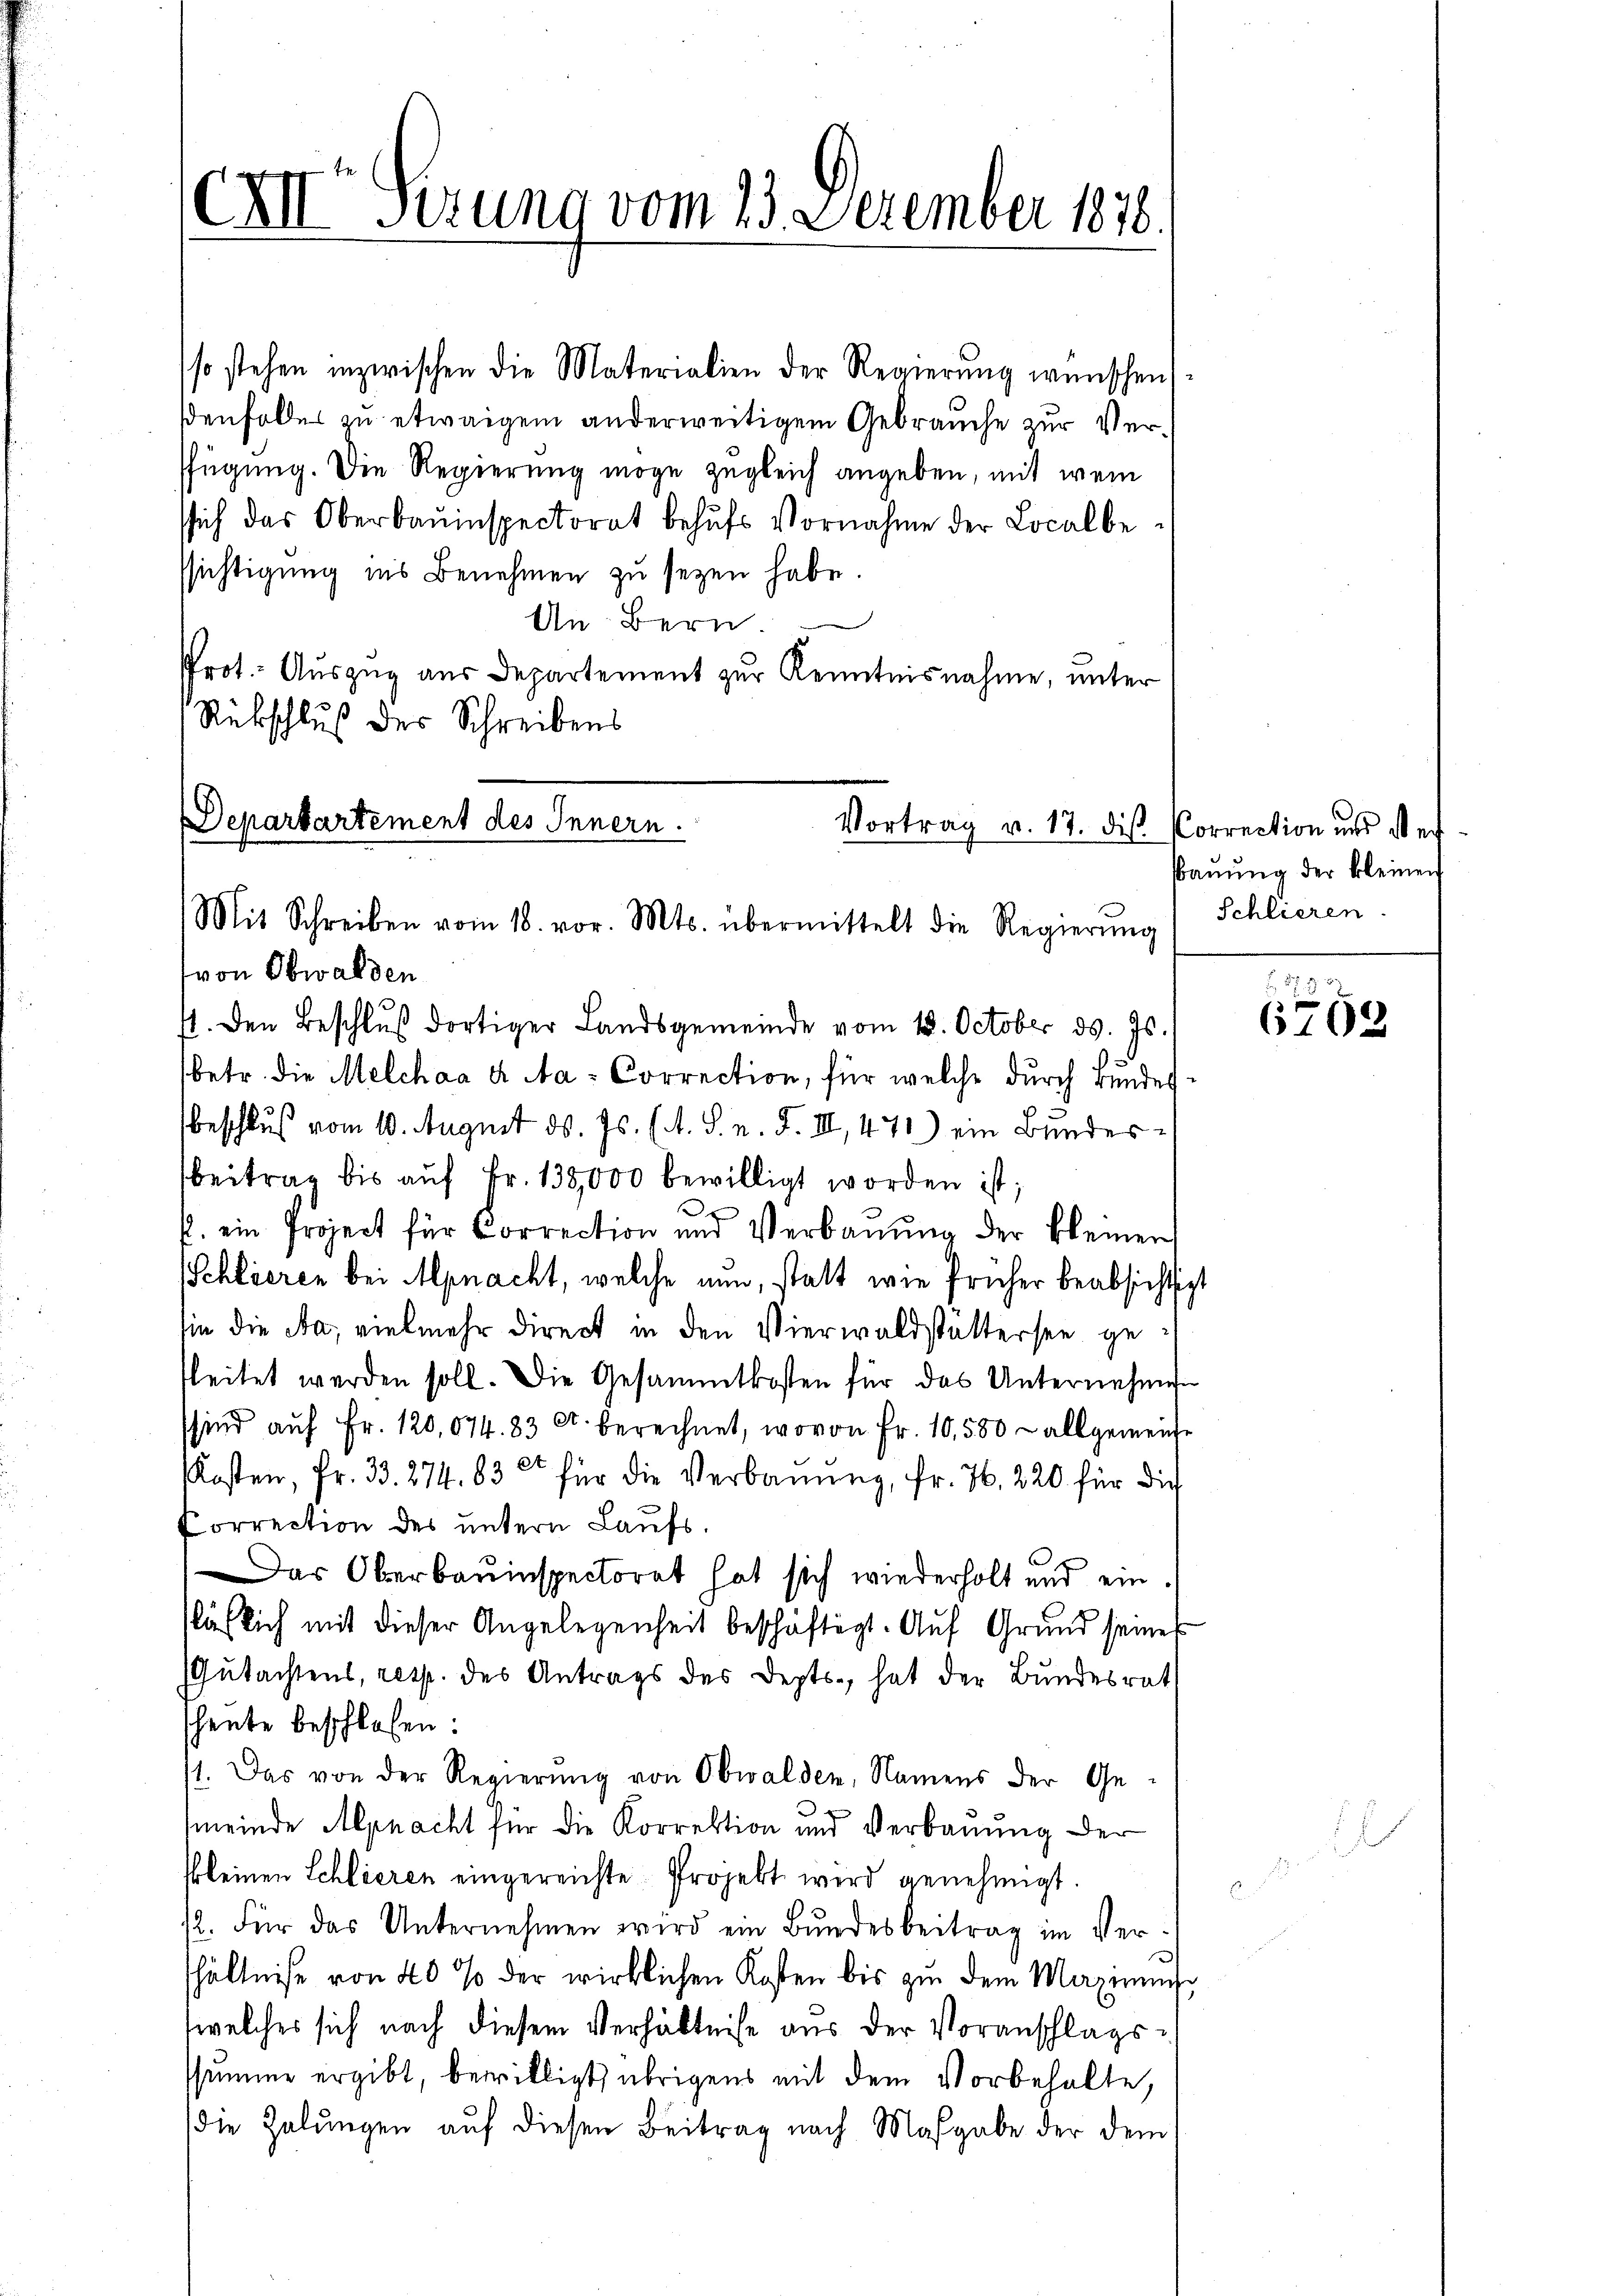
ex serung vom 23. Dezember 1878.

so stehen inzwischen die Materialien der Regierŭng wünschen
denfaller zu etwaigen anderweitigem Gebrauche zur Verfügung. Die Regierung möge zugleich angeben, mit wei
ssich das Oberbauinspectorat behŭfs Vornahme der Localbessichtigung ins Benehmen zu sezen habe.
An Bern
Prot. Auszug aus Departement zur Kenntnisnahme, unter
Rückschluß der Schreibens

Departartement des Innern.
Vortrag v. 17. dis
Mit Schreiben vom 18. vor. Mts. übermittelt die Regierŭng

von Obwalden
st. Den Beschlŭβ dortiger Landsgemeinde vom 18. October ds. Js.
(betr. die Melchaa a Na-Correction, für welche durch Bundes
beschluß vom 10. August d. Js. (s. S. n. F. III 471) ein Bundesbeitrag bis aŭf Fr. 135,000 bewilligt worden ist;
r
b. ein Project für Correction und Verbaŭŭng der kleinen
Schlieren bei Mpnacht, welche nun, statt wie früher beabsichtigt
sie die Na, vielmehr direct in den Vierwaldstättersee gefleitet werden soll. Die Gesammtkosten für das Unternehmen
sind aŭf Fr. 120,074. 83 et berechnet, wovon Fr. 10,500 allgemeinhe
Kosten, Fr. 33. 274. 83 für die Verbauung, fr. 76. 220 für die
Correction des untern Laufs-
Das Oberbauinspectorat hat sich wiederholt und einsäflich mit dieser Angelegenheit beschäftigt. Auf Grund seines
Gutachtens, resp. des Antrags des Depts, hat der Bundesrat
heute beschlossen:
1. Das von der Regierŭng von Obwalden, Namens der Gemeinde Alpnacht für die Korrektion und Verbauung der
kkleinen Schlieren eingereichte Projekt wird genehmigt.
12. Für das Unternehmen wird ein Bŭndesbeitrag im Ver-
hältniße von 20 % der wirklichen Kosten bis zu dem Magis
welches sich nach diesem Verhältniße aus der Voranschlagsssumme ergibt, bewilligt, übrigens mit dem Vorbehalte,
die Zelŭngen auf diesen Beitrag nach Maßgabe der dem

Correction und der
Bauung der kleinen
Schlieren.

.
6702